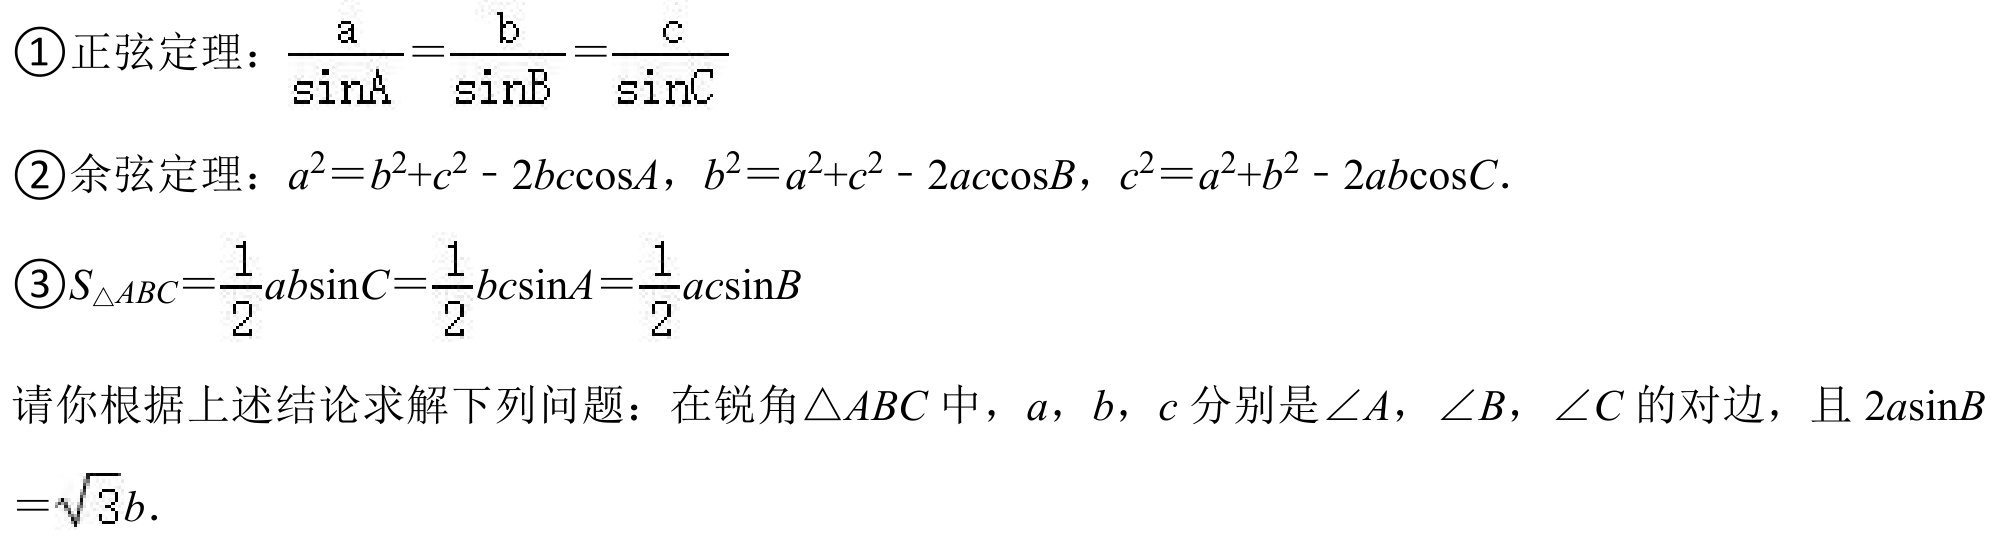
\textcircled{1}正弦定理：\(\frac{a}{\sin A}=\frac{b}{\sin B}=\frac{c}{\sin C}\)
\textcircled{2}余弦定理：\(a^{2}=b^{2}+c^{2}-2bc\cos A\)，\(b^{2}=a^{2}+c^{2}-2ac\cos B\)，\(c^{2}=a^{2}+b^{2}-2ab\cos C\)．
\textcircled{3}\(S_{\triangle ABC}=\frac{1}{2}ab\sin C=\frac{1}{2}bc\sin A=\frac{1}{2}ac\sin B\)

请你根据上述结论求解下列问题：在锐角\(\triangle ABC\)中，\(a\)，\(b\)，\(c\)分别是\(\angle A\)，\(\angle B\)，\(\angle C\)的对边，且\(2a\sin B = \sqrt{3}b\)．